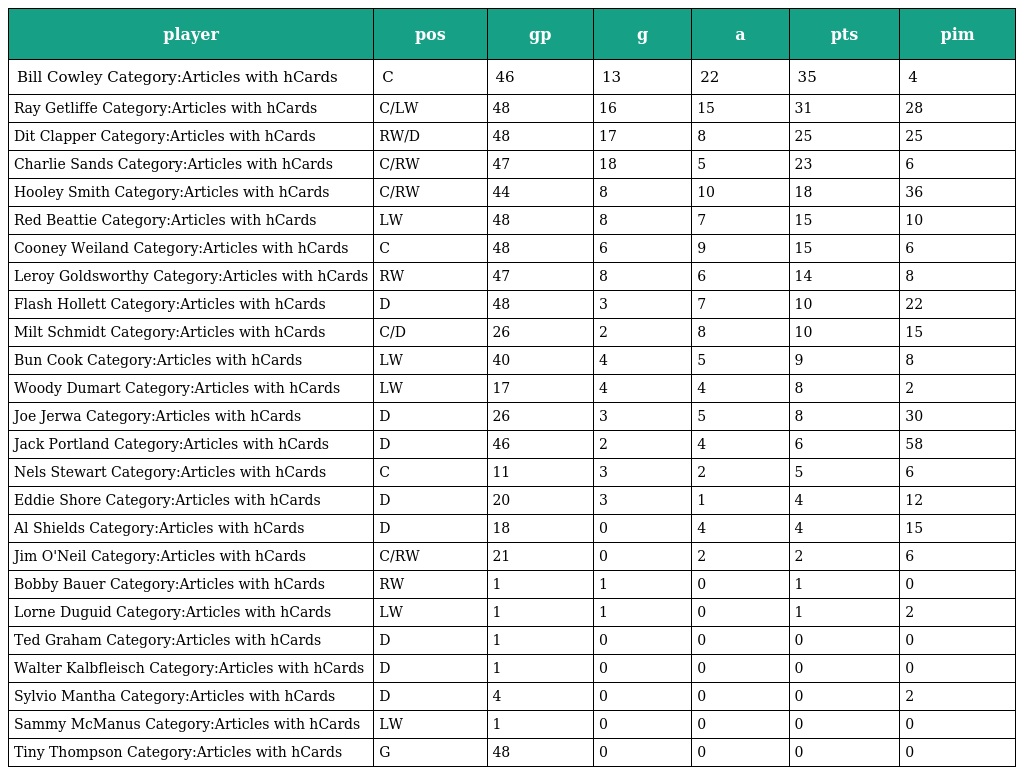
| player | pos | gp | g | a | pts | pim |
 | --- | --- | --- | --- | --- | --- | --- |
 | Bill Cowley Category:Articles with hCards | C | 46 | 13 | 22 | 35 | 4 |
 | Ray Getliffe Category:Articles with hCards | C/LW | 48 | 16 | 15 | 31 | 28 |
 | Dit Clapper Category:Articles with hCards | RW/D | 48 | 17 | 8 | 25 | 25 |
 | Charlie Sands Category:Articles with hCards | C/RW | 47 | 18 | 5 | 23 | 6 |
 | Hooley Smith Category:Articles with hCards | C/RW | 44 | 8 | 10 | 18 | 36 |
 | Red Beattie Category:Articles with hCards | LW | 48 | 8 | 7 | 15 | 10 |
 | Cooney Weiland Category:Articles with hCards | C | 48 | 6 | 9 | 15 | 6 |
 | Leroy Goldsworthy Category:Articles with hCards | RW | 47 | 8 | 6 | 14 | 8 |
 | Flash Hollett Category:Articles with hCards | D | 48 | 3 | 7 | 10 | 22 |
 | Milt Schmidt Category:Articles with hCards | C/D | 26 | 2 | 8 | 10 | 15 |
 | Bun Cook Category:Articles with hCards | LW | 40 | 4 | 5 | 9 | 8 |
 | Woody Dumart Category:Articles with hCards | LW | 17 | 4 | 4 | 8 | 2 |
 | Joe Jerwa Category:Articles with hCards | D | 26 | 3 | 5 | 8 | 30 |
 | Jack Portland Category:Articles with hCards | D | 46 | 2 | 4 | 6 | 58 |
 | Nels Stewart Category:Articles with hCards | C | 11 | 3 | 2 | 5 | 6 |
 | Eddie Shore Category:Articles with hCards | D | 20 | 3 | 1 | 4 | 12 |
 | Al Shields Category:Articles with hCards | D | 18 | 0 | 4 | 4 | 15 |
 | Jim O'Neil Category:Articles with hCards | C/RW | 21 | 0 | 2 | 2 | 6 |
 | Bobby Bauer Category:Articles with hCards | RW | 1 | 1 | 0 | 1 | 0 |
 | Lorne Duguid Category:Articles with hCards | LW | 1 | 1 | 0 | 1 | 2 |
 | Ted Graham Category:Articles with hCards | D | 1 | 0 | 0 | 0 | 0 |
 | Walter Kalbfleisch Category:Articles with hCards | D | 1 | 0 | 0 | 0 | 0 |
 | Sylvio Mantha Category:Articles with hCards | D | 4 | 0 | 0 | 0 | 2 |
 | Sammy McManus Category:Articles with hCards | LW | 1 | 0 | 0 | 0 | 0 |
 | Tiny Thompson Category:Articles with hCards | G | 48 | 0 | 0 | 0 | 0 |